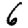
Digit: 6